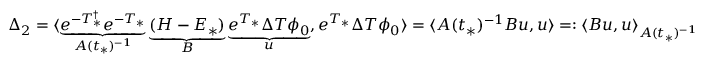
\begin{array} { r } { \Delta _ { 2 } = \langle \underbrace { e ^ { - T _ { * } ^ { \dagger } } e ^ { - T _ { * } } } _ { A ( t _ { * } ) ^ { - 1 } } \underbrace { ( H - E _ { * } ) } _ { B } \underbrace { e ^ { T _ { * } } \Delta T \phi _ { 0 } } _ { u } , e ^ { T _ { * } } \Delta T \phi _ { 0 } \rangle = \langle A ( t _ { * } ) ^ { - 1 } B u , u \rangle = : \langle B u , u \rangle _ { A ( t _ { * } ) ^ { - 1 } } } \end{array}